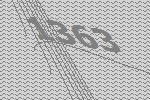
1363